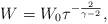
LaTeX: \begin{align*}W=W_0\tau^{-{2\over{\gamma-2}}},\end{align*}